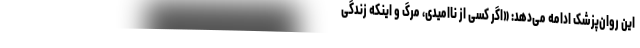
این روان‌پزشک ادامه می‌دهد: «اگر کسی از ناامیدی، مرگ و اینکه زندگی